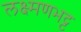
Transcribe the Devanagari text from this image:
लक्ष्मणभट्ट